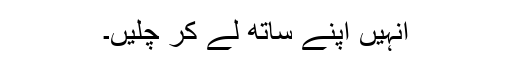
انہیں اپنے ساتھ لے کر چلیں۔